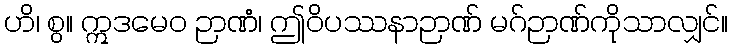
ဟိ၊ စွ။ ဣဒမေဝ ဉာဏံ၊ ဤဝိပဿနာဉာဏ် မဂ်ဉာဏ်ကိုသာလျှင်။